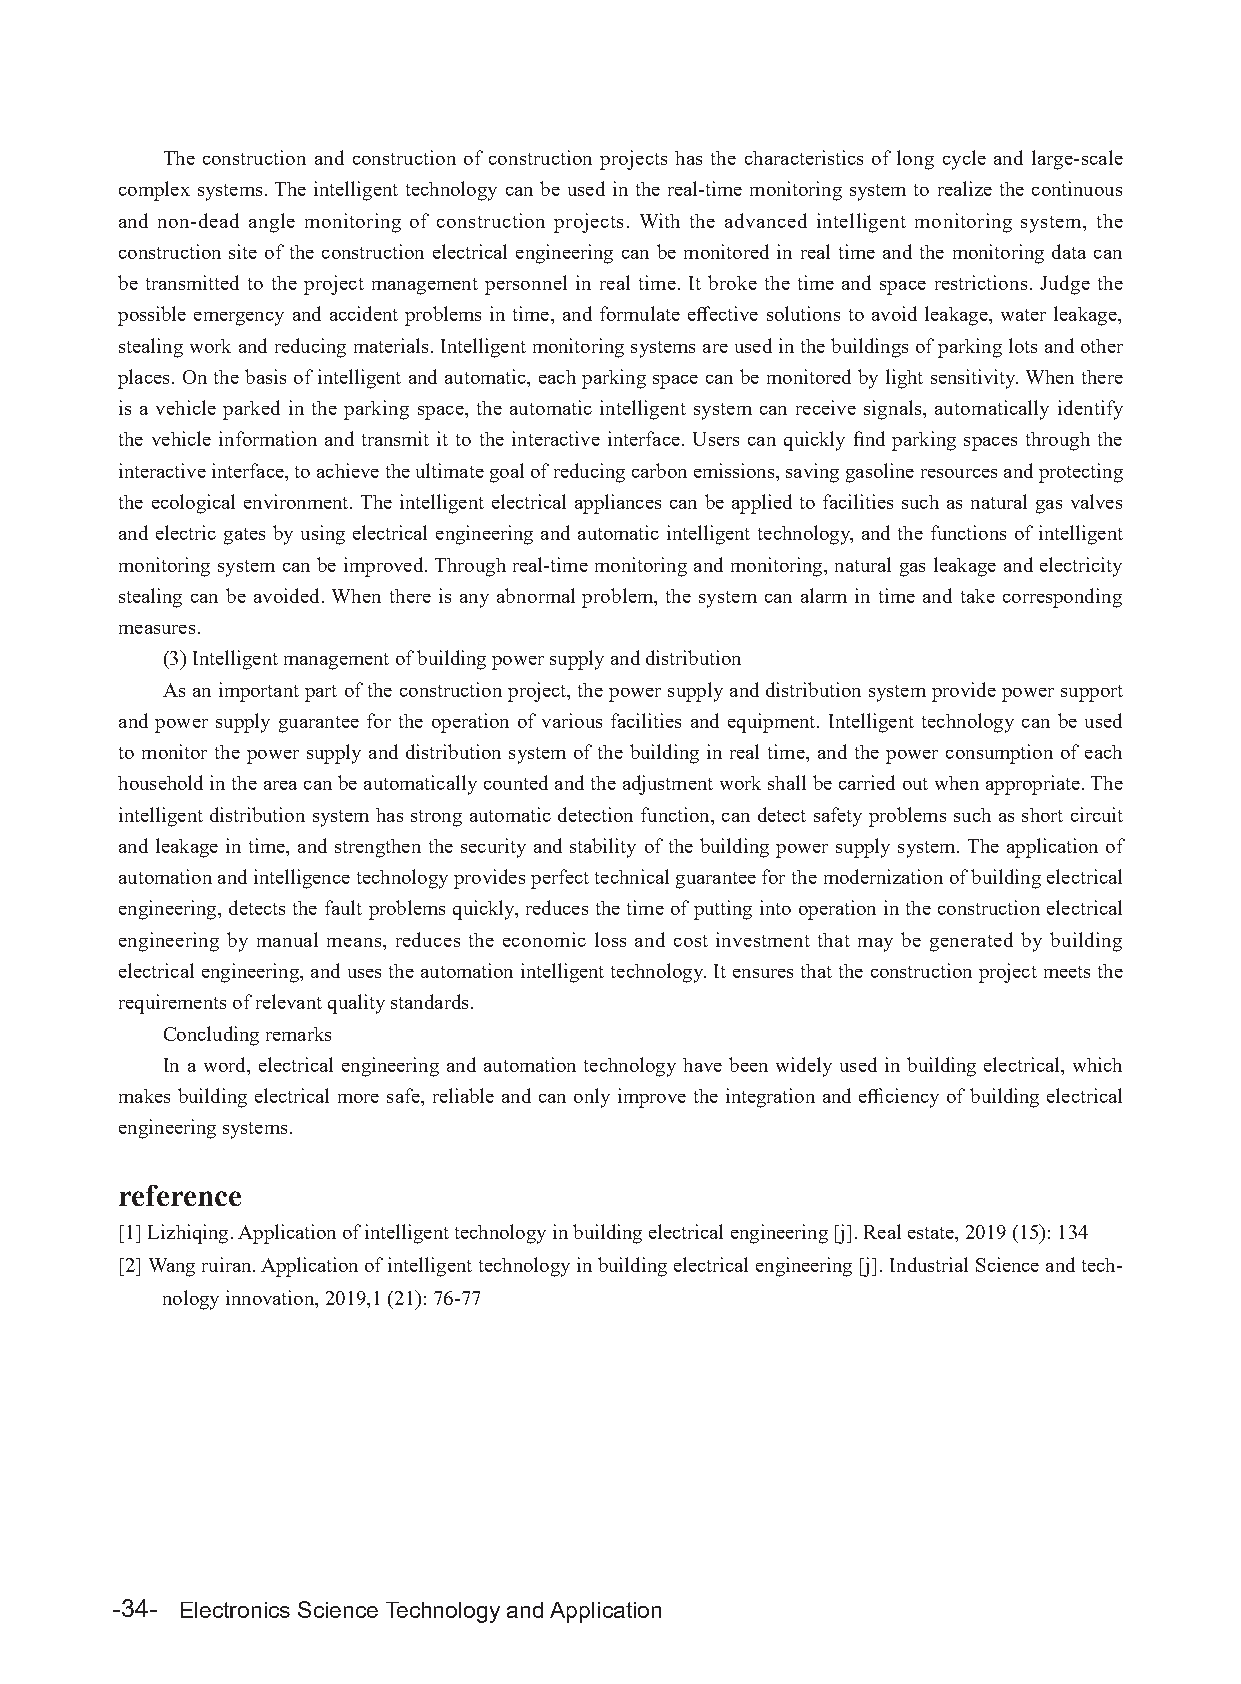
The construction and construction of construction projects has the characteristics of long cycle and large-scale
 complex systems. The intelligent technology can be used in the real-time monitoring system to realize the continuous
 and non-dead angle monitoring of construction projects. With the advanced intelligent monitoring system, the
 construction site of the construction electrical engineering can be monitored in real time and the monitoring data can
 be transmitted to the project management personnel in real time. It broke the time and space restrictions. Judge the
 possible emergency and accident problems in time, and formulate effective solutions to avoid leakage, water leakage,
 stealing work and reducing materials. Intelligent monitoring systems are used in the buildings of parking lots and other
 places. On the basis of intelligent and automatic, each parking space can be monitored by light sensitivity. When there
 is a vehicle parked in the parking space, the automatic intelligent system can receive signals, automatically identify
 the vehicle information and transmit it to the interactive interface. Users can quickly find parking spaces through the
 interactive interface, to achieve the ultimate goal of reducing carbon emissions, saving gasoline resources and protecting
 the ecological environment. The intelligent electrical appliances can be applied to facilities such as natural gas valves
 and electric gates by using electrical engineering and automatic intelligent technology, and the functions of intelligent
 monitoring system can be improved. Through real-time monitoring and monitoring, natural gas leakage and electricity
 stealing can be avoided. When there is any abnormal problem, the system can alarm in time and take corresponding
 measures.
 (3) Intelligent management of building power supply and distribution
 As an important part of the construction project, the power supply and distribution system provide power support
 and power supply guarantee for the operation of various facilities and equipment. Intelligent technology can be used
 to monitor the power supply and distribution system of the building in real time, and the power consumption of each
 household in the area can be automatically counted and the adjustment work shall be carried out when appropriate. The
 intelligent distribution system has strong automatic detection function, can detect safety problems such as short circuit
 and leakage in time, and strengthen the security and stability of the building power supply system. The application of
 automation and intelligence technology provides perfect technical guarantee for the modernization of building electrical
 engineering, detects the fault problems quickly, reduces the time of putting into operation in the construction electrical
 engineering by manual means, reduces the economic loss and cost investment that may be generated by building
 electrical engineering, and uses the automation intelligent technology. It ensures that the construction project meets the
 requirements of relevant quality standards.
 Concluding remarks
 In a word, electrical engineering and automation technology have been widely used in building electrical, which
 makes building electrical more safe, reliable and can only improve the integration and efficiency of building electrical
 engineering systems.
 reference
 [1] Lizhiqing. Application of intelligent technology in building electrical engineering [j]. Real estate, 2019 (15): 134
 [2] Wang ruiran. Application of intelligent technology in building electrical engineering [j]. Industrial Science and tech-
 nology innovation, 2019,1 (21): 76-77
 -34- Electronics Science Technology and Application